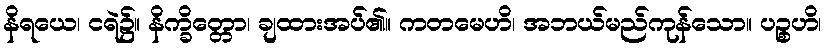
နိရယေ၊ ငရဲ၌။ နိက္ခိတ္တော၊ ချထားအပ်၏။ ကတမေဟိ၊ အဘယ်မည်ကုန်သော။ ပဉ္စဟိ၊